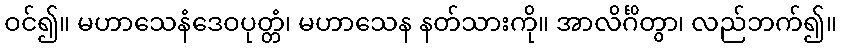
ဝင်၍။ မဟာသေနံဒေဝပုတ္တံ၊ မဟာသေန နတ်သားကို။ အာလိင်္ဂိတွာ၊ လည်ဘက်၍။